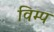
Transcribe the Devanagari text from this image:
विम्प